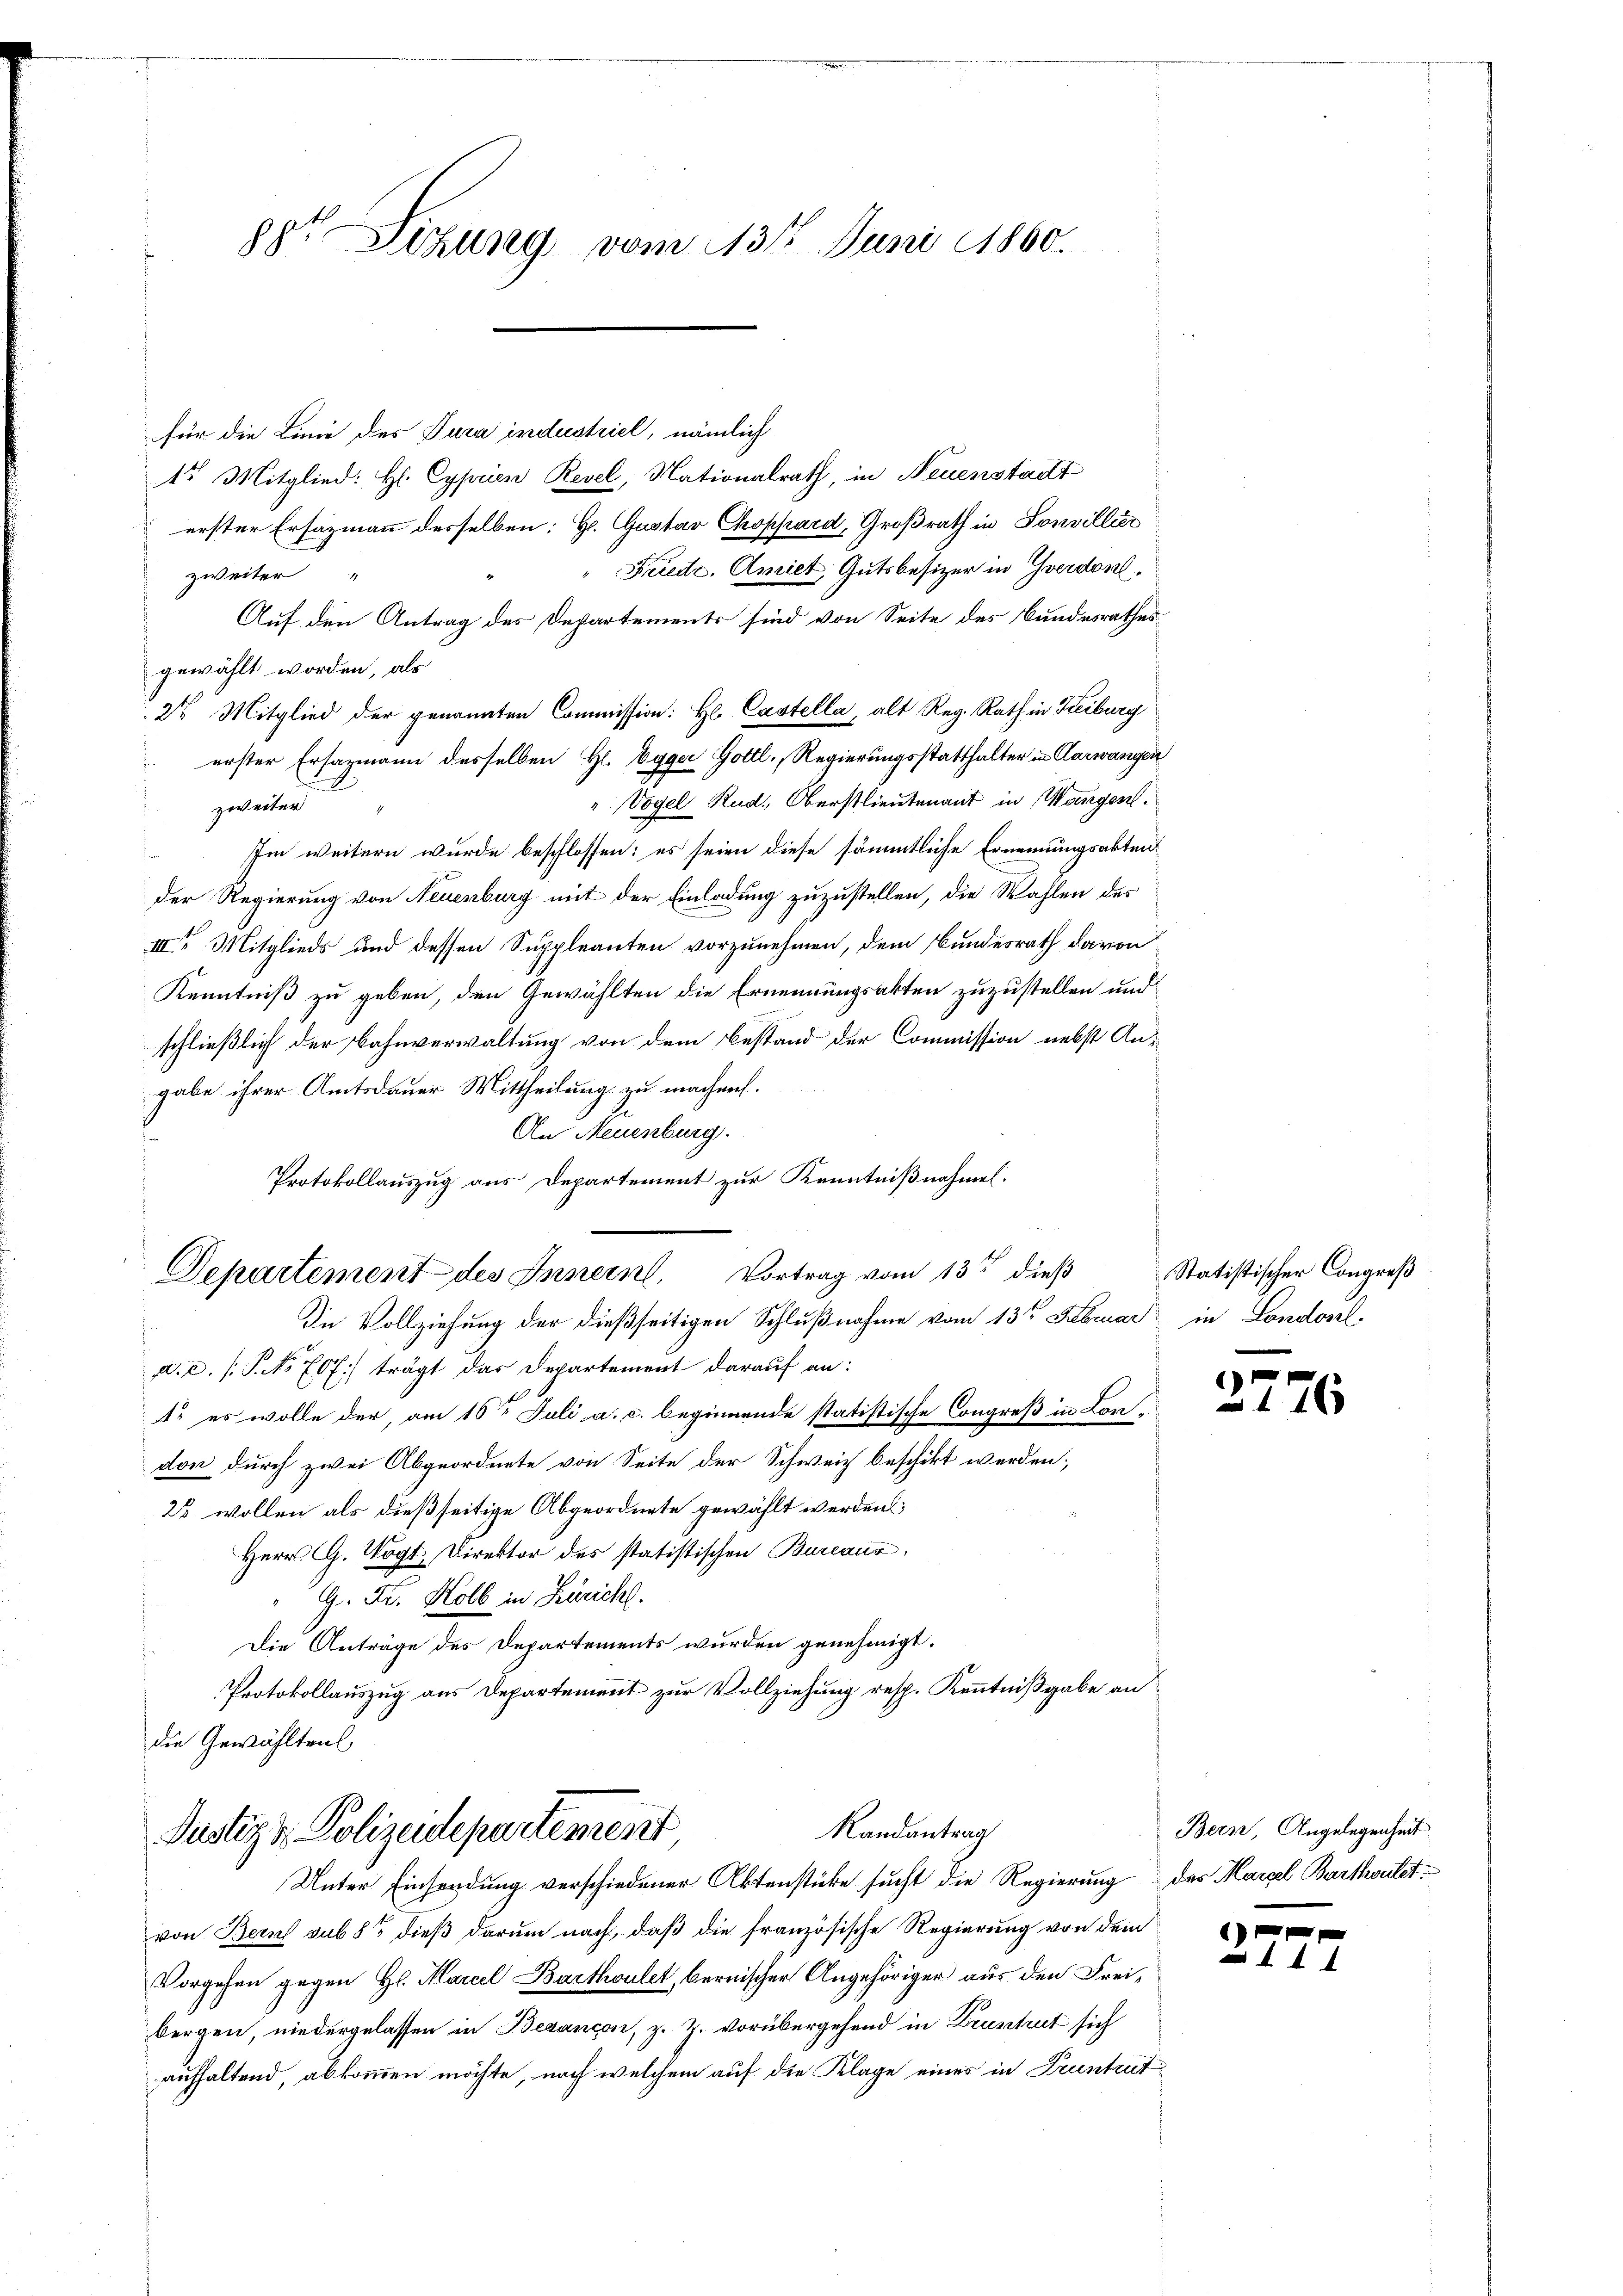
88 Sizung vom 13t Juni 1860.

für die Linie des Tura industriel, nämlich
15 Mitglied: H: Cyprien Revel, Nationalrath, in Neuenstadt
erster Ersazmann desselben: Hr. Gustav Choppard, Großrath in Sonvillier
Feierte. Amiet, Gutsbesizer in Yverdon.
zweiter "
Auf den Antrag des Departements sind von Seite des Bundesrathes
gewählt worden, als
2t Mitglied der genannten Commission: H. Castella, alt Reg. Rath in Freiburg
erster Ersazmann desselben H. Egger Gottl. Regierungsstatthalter in Aarwangen
Vogel Rud. Oberstlieutenant in Mangen.
zweiter
Im weitern wurde beschlossen: es seien diese sämmtliche Ernennungsakten
der Regierung von Neuenburg mit der Einladung zuzustellen, die Wahlen des
III. Mitglieds und dessen Suppleanten vorzunehmen, dem Bundesrath davon
Kenntniß zu geben, den Gewählten die Ernennungsakten zuzustellen und
schließlich der Bahnverwaltung von dem Bestand der Commission nebst Angabe ihrer Amtsdauer Mittheilung zu machen.
An Neuenburg.
Protokollauszug aus Departement zur Kenntnißnahmen.
Die Vollziehung der dießseitigen Schlußnahme vom 13ten Februar in Londonel
d.c. s. P. No 707 trägt das Departement darauf an:
1. es wolle der, am 16ten Juli a. c. beginnende statistische Congreß in London durch zwei Abgeordnete von Seite der Schweiz beschikt werden;
23 wollen als dießseitige Abgeordnete gewählt werden;
Herr G. Vogt, Direktor des statistischen Bureaus.
G. Fr. Kolb in Zürich.
Die Anträge des Departements wurden genehmigt.
Protokollauszug aus Departement zur Vollziehung resp. Kenntnißgabe an
die Gewähltenl
Randantrag
Justiz & Polizeidepartement
Unter Einsendung verschiedener Aktenstücke sucht die Regierung des Marcel Barthoulet
von Bern sub 8 dieß darum nach, daß die französische Regierung von dem
Vorgehen gegen H. Marcel Barthoulet, bernischer Angehöriger aus den Freibergen, niedergelassen in Besançon, z. Z. vorübergehend in Druntrut sich
aufhaltend, abkommen möchte, noch welchem auf die Klage eines in Pruntrut

Departement des Innern, Vortrag vom 13ten dieß

Statistischer Congreß

2.

Bern, Angelegenheit

1

6